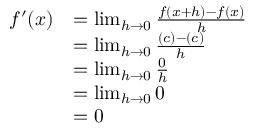
{ \begin{array} { r l } { f ^ { \prime } ( x ) } & { = \operatorname* { l i m } _ { h \to 0 } { \frac { f ( x + h ) - f ( x ) } { h } } } \\ & { = \operatorname* { l i m } _ { h \to 0 } { \frac { ( c ) - ( c ) } { h } } } \\ & { = \operatorname* { l i m } _ { h \to 0 } { \frac { 0 } { h } } } \\ & { = \operatorname* { l i m } _ { h \to 0 } 0 } \\ & { = 0 } \end{array} }